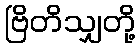
ဗြိတိသျှတို့